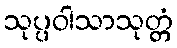
သုပ္ပဝါသာသုတ္တံ